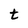
Character: t